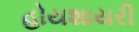
હોયશાયરી